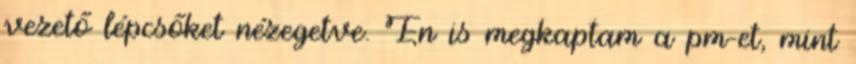
vezető lépcsőket nézegetve. Én is megkaptam a pm-et, mint